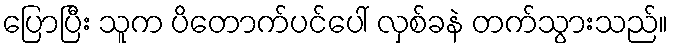
ပြောပြီး သူက ပိတောက်ပင်ပေါ် လှစ်ခနဲ တက်သွားသည်။